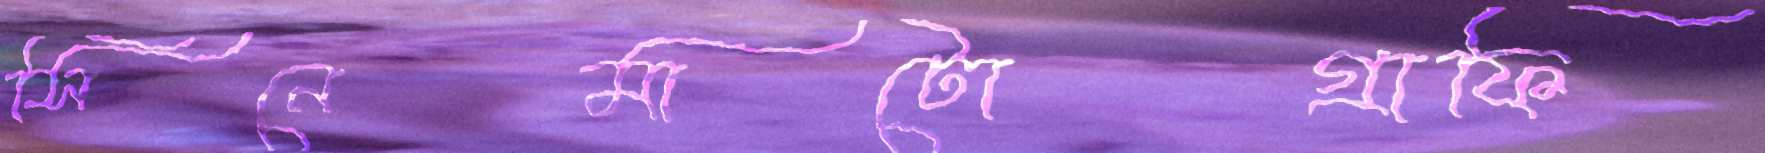
সিনেমাটোগ্রাফি